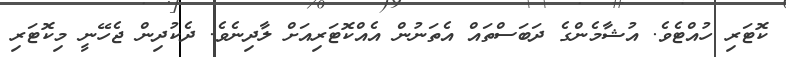
ކޮޓަރި ހުއްޓެވެ. އުޝާމެންގެ ދަބަސްތައް އެތަނުން އެއްކޮޓަރިއަށް ލާދިނެވެ. ދެކުދިން ޖެހޭނީ މިކޮޓަރި